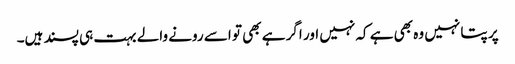
پر پتا نہیں وہ بھی ہے کہ نہیں اور اگر ہے بھی تو اسے رونے والے بہت ہی پسند ہیں۔